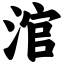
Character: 涫